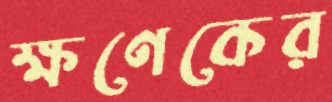
ক্ষণেকের